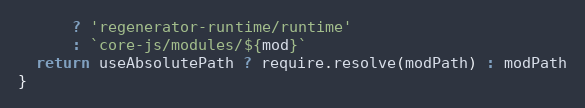
Language: JavaScript
      ? 'regenerator-runtime/runtime'
      : `core-js/modules/${mod}`
  return useAbsolutePath ? require.resolve(modPath) : modPath
}